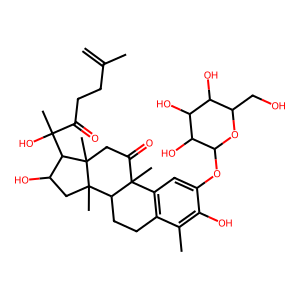
SMILES: C=C(C)CCC(=O)C(C)(O)C1C(O)CC2(C)C3CCc4c(cc(OC5OC(CO)C(O)C(O)C5O)c(O)c4C)C3(C)C(=O)CC12C
Inhibits HIV replication: No